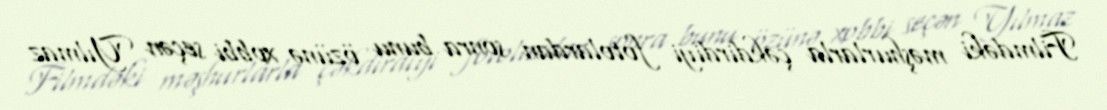
Filmdəki məşhurlarla çəkdirdiyi fotolardan sonra bunu özünə xobbi seçən Yılmaz